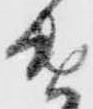
遣